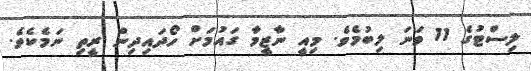
ލިސްޓުގެ 11 ވަނަ ލިބުމެވެ. މިއީ ނާޒީމާ ގައުމަށް ހޯދައިދިން ރީތި ނަމެކެވެ.